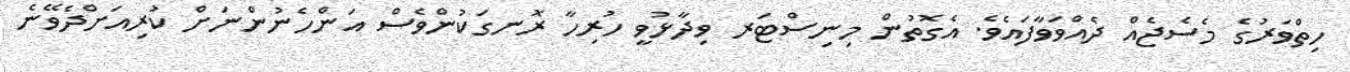
ހިތްވަރުގެ މެސެޖެއް ދެއްވަވާފައެވެ. އެގޮތުން މިނިސްޓަރ ވިދާޅުވީ ހުރިހާ ރޮނގަކުންވެސް އަންހެނުންނަށް ކުރިއަށްދެވޭނެ